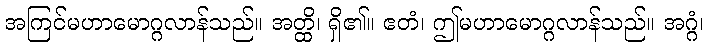
အကြင်မဟာမောဂ္ဂလာန်သည်။ အတ္ထိ၊ ရှိ၏။ ဧတံ၊ ဤမဟာမောဂ္ဂလာန်သည်။ အဂ္ဂံ၊